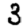
Digit: 3